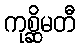
ကုစ္ဆိမတီ